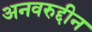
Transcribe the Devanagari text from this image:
अनवरुद्दीन